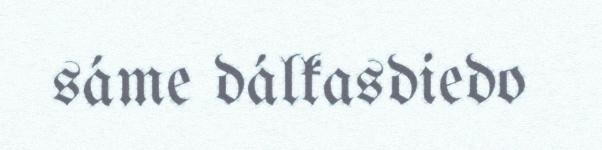
sáme dálkasdiedo